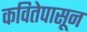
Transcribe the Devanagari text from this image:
कवितेपासून